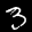
Digit: 3